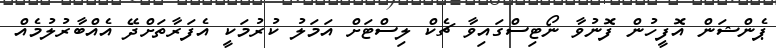
ޕެންޝަން އޮފީހުން ފޮނުވާ ނޯޓިސްގައިވާ ޗެކް ލިސްޓަށް އަމަލު ކުރުމަކީ އެފަރާތަށްދޭ އެއްބާރުލުމެއް